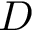
D